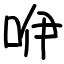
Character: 咿